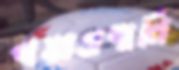
পয়ঃপ্রণালি